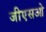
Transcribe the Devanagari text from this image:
जीएसओ